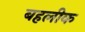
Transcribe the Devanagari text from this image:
बहलीक